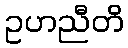
ဥဟညီတိ